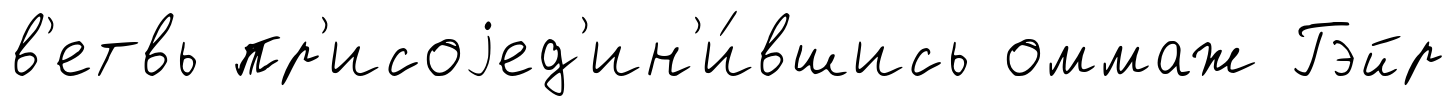
в'етвь пр'исоjед'ин'и́вшись оммаж Гэйр